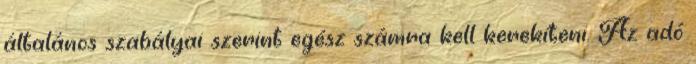
általános szabályai szerint egész számra kell kerekíteni. Az adó